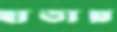
হাতায়